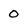
Character: 0